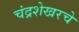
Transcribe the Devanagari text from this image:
चंद्रशेखरचे